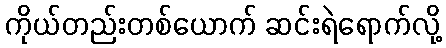
ကိုယ်တည်းတစ်ယောက် ဆင်းရဲရောက်လို့